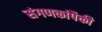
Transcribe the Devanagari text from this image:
संगणकांपैकी